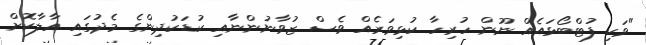
"ވަކި ފުޓްބޯޅައެއް ނޫން ހުރިހާ ކުޅިވަރެއް ވެސް ޒުވާނުންނާއި ކުޑަކުދިންގެ މެދުގައި އާލާކޮށް